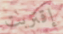
إقتربت